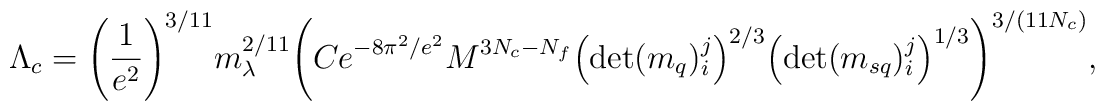
\Lambda_c =\Bigg(\frac{1}{e^2}\Bigg)^{3/11} m_\lambda^{2/11}\Bigg(C e^{-8\pi^2/e^2} M^{3N_c-N_f}\Big(\mbox{det}(m_q)_i^j\Big)^{2/3}\Big(\mbox{det}(m_{sq})_i^j\Big)^{1/3}\Bigg)^{3/(11 N_c)},